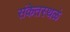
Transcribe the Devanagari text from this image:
संकेतस्थळं